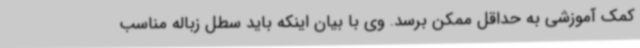
کمک آموزشی به حداقل ممکن برسد. وی با بیان اینکه باید سطل زباله مناسب